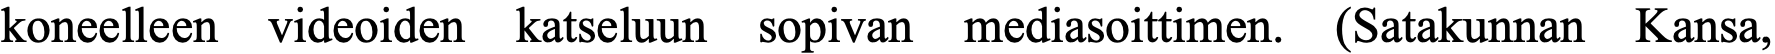
koneelleen videoiden katseluun sopivan mediasoittimen. (Satakunnan Kansa,